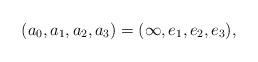
LaTeX: \begin{align*}(a_0,a_1,a_2,a_3)=(\infty,e_1,e_2,e_3), \end{align*}